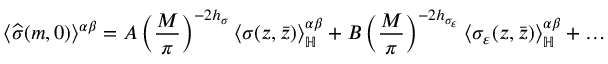
\langle \widehat { \sigma } ( m , 0 ) \rangle ^ { \alpha \beta } = A \left( \frac { M } { \pi } \right) ^ { - 2 h _ { \sigma } } \langle \sigma ( z , \bar { z } ) \rangle _ { \mathbb { H } } ^ { \alpha \beta } + B \left( \frac { M } { \pi } \right) ^ { - 2 h _ { \sigma _ { \varepsilon } } } \langle \sigma _ { \varepsilon } ( z , \bar { z } ) \rangle _ { \mathbb { H } } ^ { \alpha \beta } + \dots